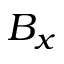
B _ { x }